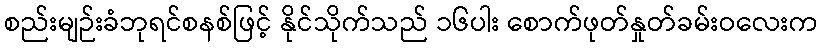
စည်းမျဉ်းခံဘုရင်စနစ်ဖြင့် နိုင်သိုက်သည် ၁၆ပါး စောက်ဖုတ်နှုတ်ခမ်းဝလေးက